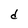
Character: d